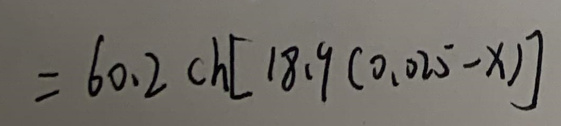
\[
= 60.2 \text{ ch}[18.9(0.025 - x)]
\]